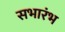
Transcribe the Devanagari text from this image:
सभारंभ